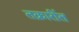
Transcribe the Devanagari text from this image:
तक्रारींत